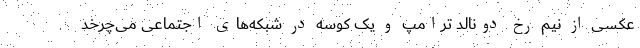
عکسی از نیم رخ دونالد ترامپ و یک کوسه در شبکه‌های اجتماعی می‌چرخد